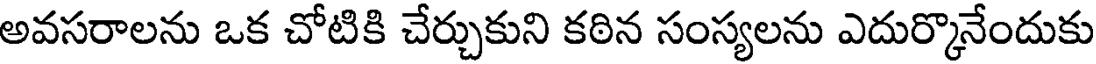
అవసరాలను ఒక చోటికి చేర్చుకుని కఠిన సంస్యలను ఎదుర్కొనేందుకు